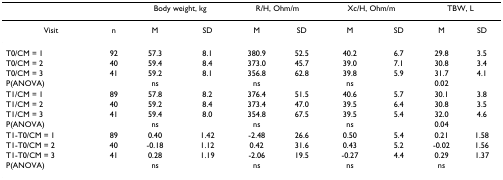
<table><thead><tr><td></td><td></td><td colspan="2"><b>Body weight, kg</b></td><td colspan="2"><b>R/H, Ohm/m</b></td><td colspan="2"><b>Xc/H, Ohm/m</b></td><td colspan="2"><b>TBW, L</b></td></tr></thead><tbody><tr><td>Visit</td><td>n</td><td>M</td><td>SD</td><td>M</td><td>SD</td><td>M</td><td>SD</td><td>M</td><td>SD</td></tr><tr><td>T0/CM = 1</td><td>92</td><td>57.3</td><td>8.1</td><td>380.9</td><td>52.5</td><td>40.2</td><td>6.7</td><td>29.8</td><td>3.5</td></tr><tr><td>T0/CM = 2</td><td>40</td><td>59.4</td><td>8.4</td><td>373.0</td><td>45.7</td><td>39.0</td><td>7.1</td><td>30.8</td><td>3.4</td></tr><tr><td>T0/CM = 3</td><td>41</td><td>59.2</td><td>8.1</td><td>356.8</td><td>62.8</td><td>39.8</td><td>5.9</td><td>31.7</td><td>4.1</td></tr><tr><td>P(ANOVA)</td><td></td><td>ns</td><td></td><td>ns</td><td></td><td>ns</td><td></td><td>0.02</td><td></td></tr><tr><td>T1/CM = 1</td><td>89</td><td>57.8</td><td>8.2</td><td>376.4</td><td>51.5</td><td>40.6</td><td>5.7</td><td>30.1</td><td>3.8</td></tr><tr><td>T1/CM = 2</td><td>40</td><td>59.2</td><td>8.4</td><td>373.4</td><td>47.0</td><td>39.5</td><td>6.4</td><td>30.8</td><td>3.5</td></tr><tr><td>T1/CM = 3</td><td>41</td><td>59.4</td><td>8.0</td><td>354.8</td><td>67.5</td><td>39.5</td><td>5.4</td><td>32.0</td><td>4.6</td></tr><tr><td>P(ANOVA)</td><td></td><td>ns</td><td></td><td>ns</td><td></td><td>ns</td><td></td><td>0.04</td><td></td></tr><tr><td>T1-T0/CM = 1</td><td>89</td><td>0.40</td><td>1.42</td><td>-2.48</td><td>26.6</td><td>0.50</td><td>5.4</td><td>0.21</td><td>1.58</td></tr><tr><td>T1-T0/CM = 2</td><td>40</td><td>-0.18</td><td>1.12</td><td>0.42</td><td>31.6</td><td>0.43</td><td>5.2</td><td>-0.02</td><td>1.56</td></tr><tr><td>T1-T0/CM = 3</td><td>41</td><td>0.28</td><td>1.19</td><td>-2.06</td><td>19.5</td><td>-0.27</td><td>4.4</td><td>0.29</td><td>1.37</td></tr><tr><td>P(ANOVA)</td><td></td><td>ns</td><td></td><td>ns</td><td></td><td>ns</td><td></td><td>ns</td><td></td></tr></tbody></table>